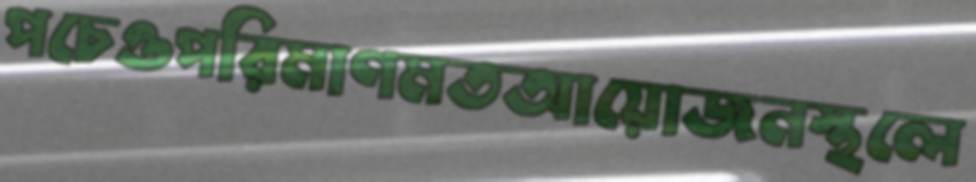
পচেওপরিমাণমতআয়োজনস্থলে